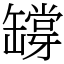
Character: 𦉘